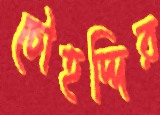
চৌহদ্দির